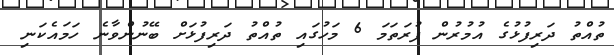
ތުއްތު ދަރިފުޅުގެ އުމުރުން ފުރަތަމަ 6 މަހުގައި ތުއްތު ދަރިފުޅަށް ބޭނުންވާނެ ހަމައެކަނި